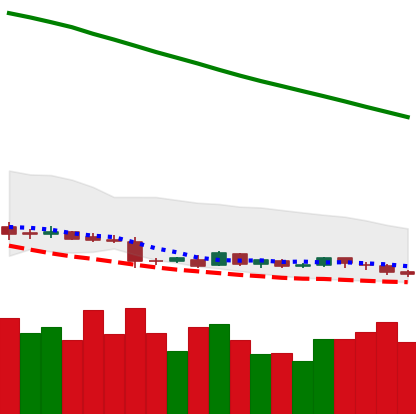
Ticker: DOGE-USD
Chart end date: 2019-01-23
Forward return: -4.846%
Label: down_3_5